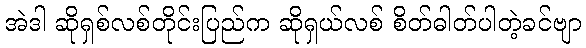
အဲဒါ ဆိုရှစ်လစ်တိုင်းပြည်က ဆိုရှယ်လစ် စိတ်ဓါတ်ပါတဲ့ခင်ဗျာ